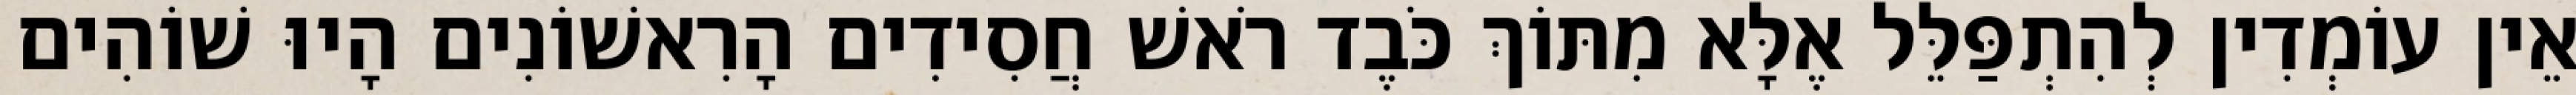
אֵין עוֹמְדִין לְהִתְפַּלֵּל אֶלָּא מִתּוֹךְ כֹּבֶד רֹאשׁ חֲסִידִים הָרִאשׁוֹנִים הָיוּ שׁוֹהִים